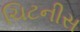
ચિટનીસ